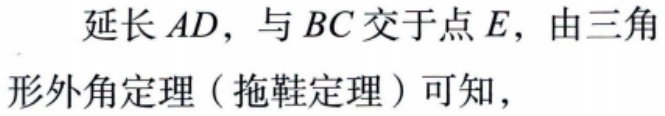
延长 \(AD\)，与 \(BC\) 交于点 \(E\)，由三角形外角定理（拖鞋定理）可知，